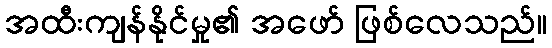
အထီးကျန်နိုင်မှု၏ အဖော် ဖြစ်လေသည်။